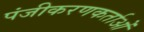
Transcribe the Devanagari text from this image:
पंजीकरणकर्ताओं